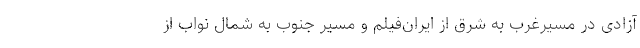
آزادی در مسیرغرب به شرق از ایران‌فیلم و مسیر جنوب به شمال نواب از